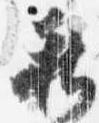
新